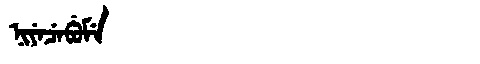
Manchu: ᠨᡳᠶᡝᠴᡝᠪᡠᠮᡝ
Romanization: NIYECEBUME